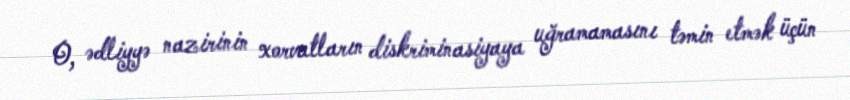
O, ədliyyə nazirinin xorvatların diskriminasiyaya uğramamasını təmin etmək üçün